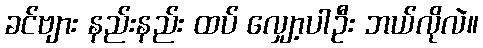
ခင်ဗျား နည်းနည်း ထပ် လျှော့ပါဦး ဘယ်လိုလဲ။